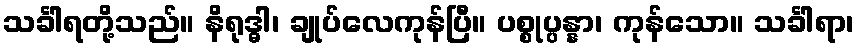
သင်္ခါရတို့သည်။ နိရုဒ္ဓါ၊ ချုပ်လေကုန်ပြီ။ ပစ္စုပ္ပန္နာ၊ ကုန်သော။ သင်္ခါရာ၊